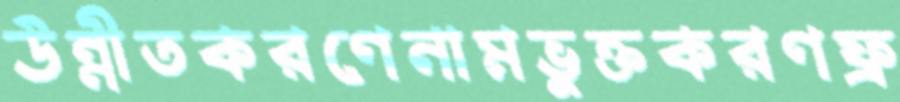
উন্নীতকরণেনামভুক্তকরণফ্র